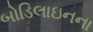
બોડિલાઇનના